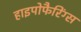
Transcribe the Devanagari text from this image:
हाइपोफैरिंग्स